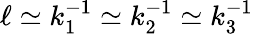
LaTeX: \ell\simeq k_{1}^{-1}\simeq k_{2}^{-1}\simeq k_{3}^{-1}